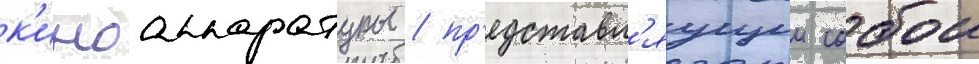
к'иноаппаратуры / пр'едставл'яущии собои